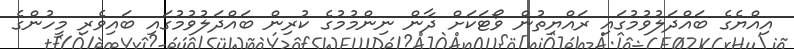
އިއްޔެގެ ބައްދަލުވުމުގައި ރައްޔިތުން ވޯޓަކަށް ދާން ނިންމުމުގެ ކުރިން ބައްދަލުވުމުގައި ބައިވެރި މީހުންގެ